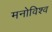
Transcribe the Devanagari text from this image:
मनोविश्व